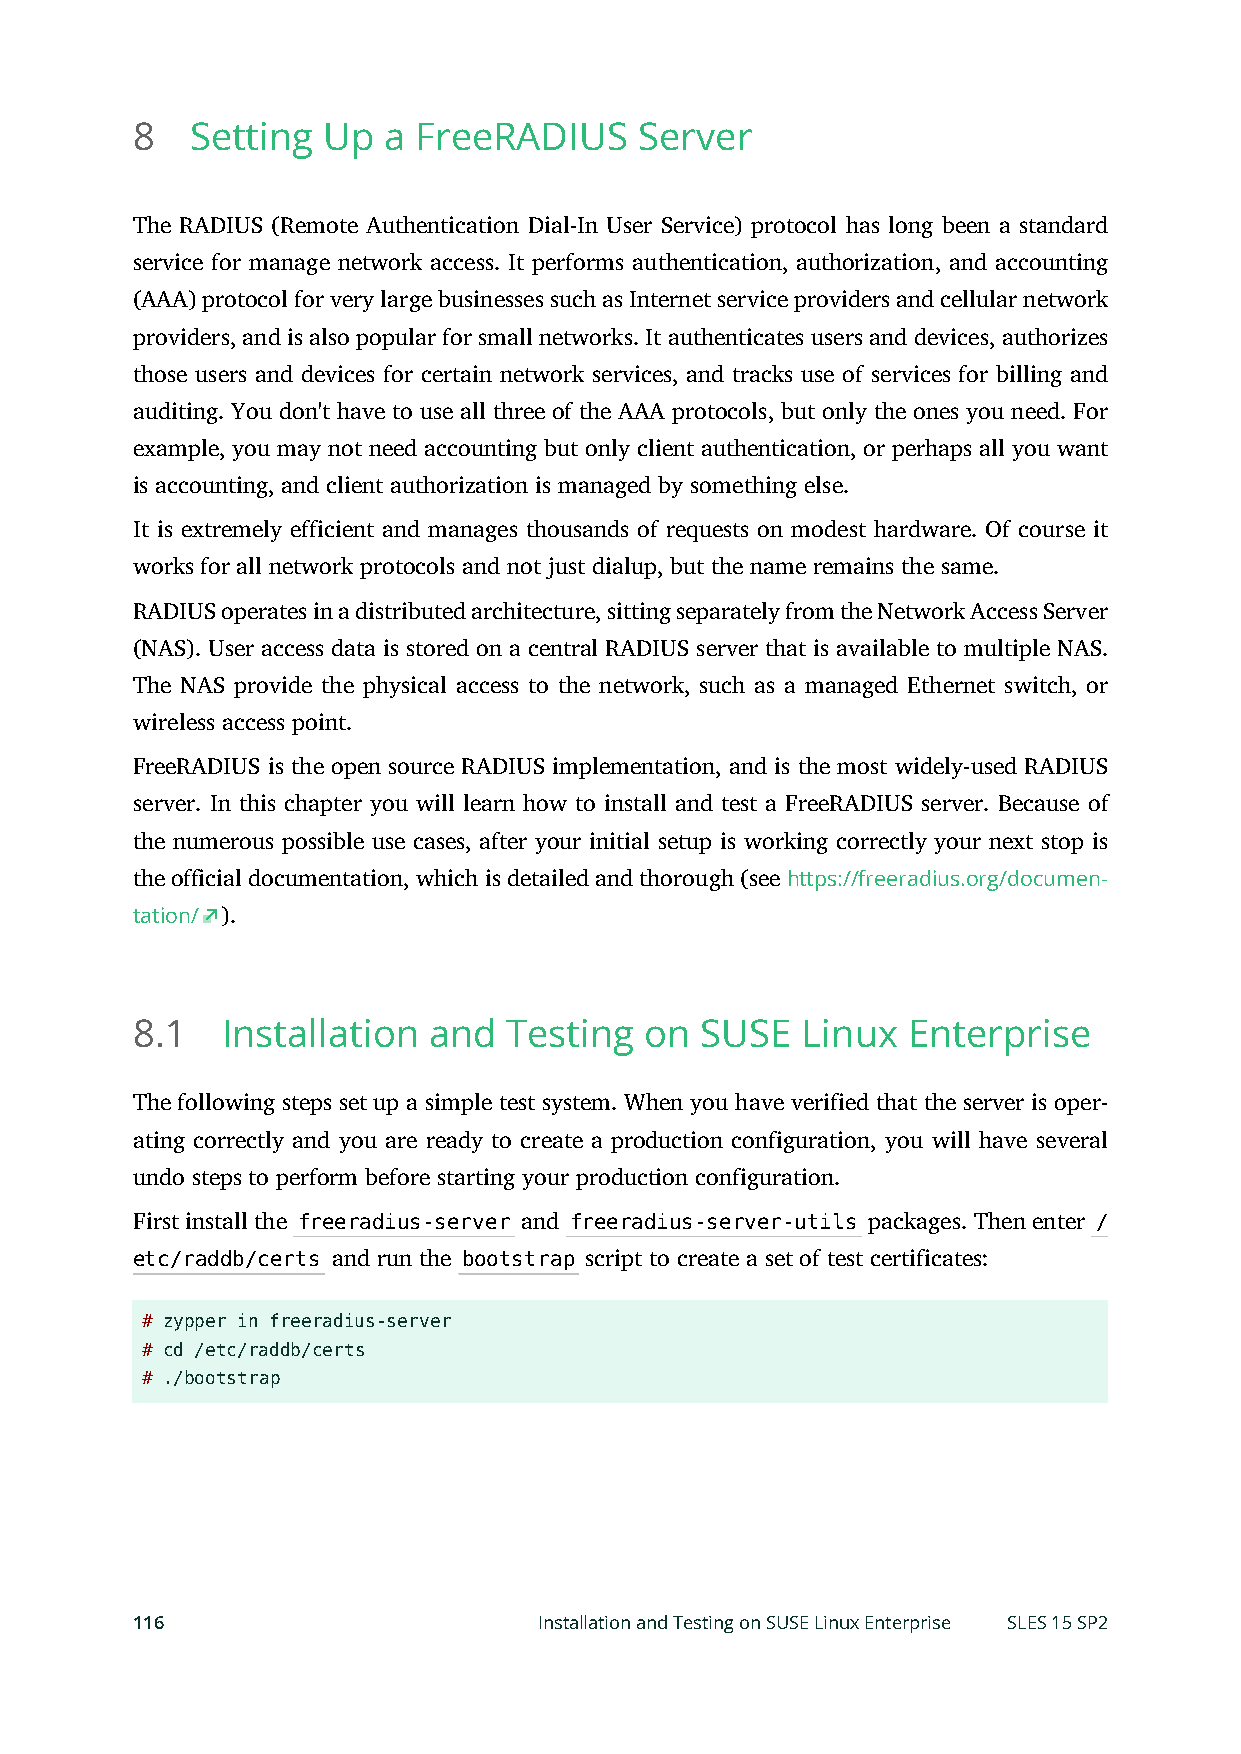
8   Setting Up  a FreeRADIUS     Server
 The RADIUS (Remote Authentication Dial-In User Service) protocol has long been a standard
 service for manage network access. It performs authentication, authorization, and accounting
 (AAA) protocol for very large businesses such as Internet service providers and cellular network
 providers, and is also popular for small networks. It authenticates users and devices, authorizes
 those users and devices for certain network services, and tracks use of services for billing and
 auditing. You don't have to use all three of the AAA protocols, but only the ones you need. For
 example, you may not need accounting but only client authentication, or perhaps all you want
 is accounting, and client authorization is managed by something else.
 It is extremely efficient and manages thousands of requests on modest hardware. Of course it
 works for all network protocols and not just dialup, but the name remains the same.
 RADIUS operates in a distributed architecture, sitting separately from the Network Access Server
 (NAS). User access data is stored on a central RADIUS server that is available to multiple NAS.
 The NAS provide the physical access to the network, such as a managed Ethernet switch, or
 wireless access point.
 FreeRADIUS is the open source RADIUS implementation, and is the most widely-used RADIUS
 server. In this chapter you will learn how to install and test a FreeRADIUS server. Because of
 the numerous possible use cases, after your initial setup is working correctly your next stop is
 the official documentation, which is detailed and thorough (see https://freeradius.org/documen-
 tation/ ).
 8.1   Installation and   Testing  on SUSE   Linux  Enterprise
 The following steps set up a simple test system. When you have verified that the server is oper-
 ating correctly and you are ready to create a production configuration, you will have several
 undo steps to perform before starting your production configuration.
 First install the freeradius-server and freeradius-server-utils packages. Then enter /
 etc/raddb/certs and run the bootstrap script to create a set of test certificates:
 # zypper in freeradius-server
 # cd /etc/raddb/certs
 # ./bootstrap
 116                        Installation and Testing on SUSE Linux Enterprise SLES 15 SP2